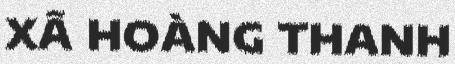
XÃ HOÀNG THANH